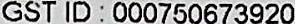
GST ID: 000750673920